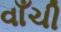
વાઁચી